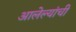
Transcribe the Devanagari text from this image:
आलेल्यांची